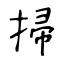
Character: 掃